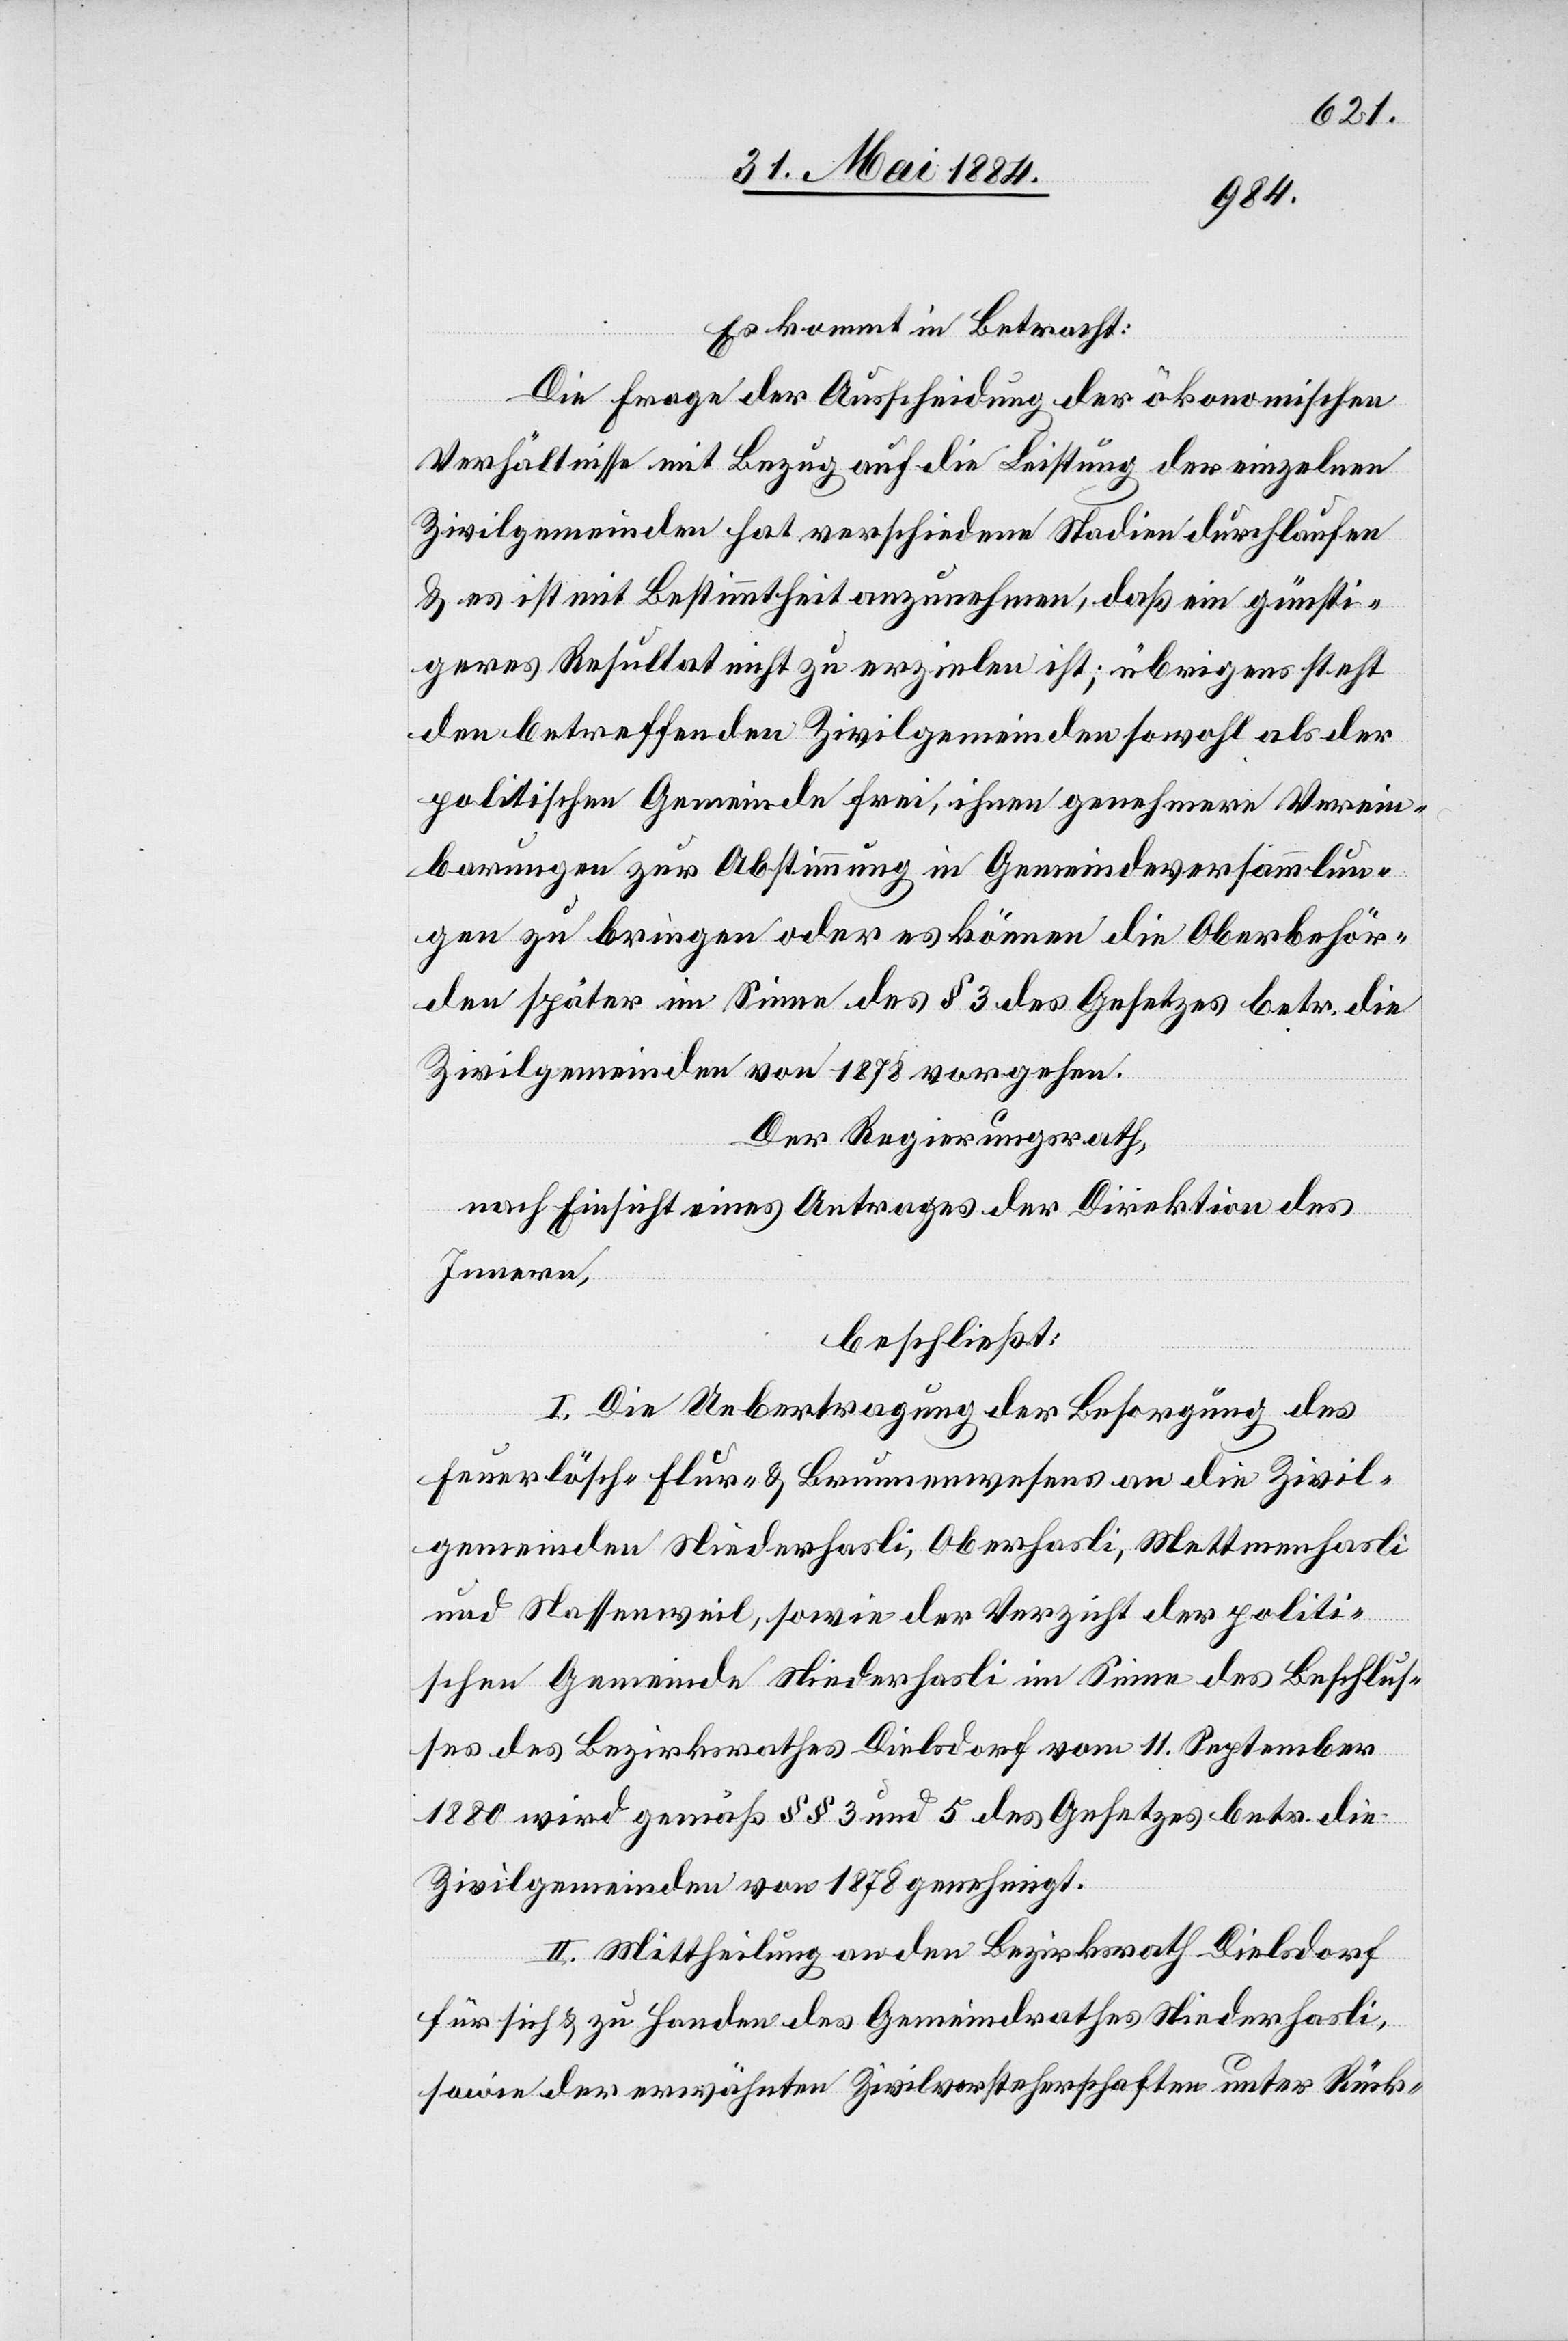
Es kommt in Betracht:
Die Frage der Ausscheidung der ökonomischen
Verhältnisse mit Bezug auf die Leistung der einzelnen
Zivilgemeinden hat verschiedene Stadien durchlaufen
& es ist mit Bestimmtheit anzunehmen, daß ein günsti¬
geres Resultat nicht zu erzielen ist; übrigens steht
den betreffenden Zivilgemeinden sowohl als der
politischen Gemeinde frei, ihnen genehmere Verein¬
barungen zur Abstimmung in Gemeindeversammlun¬
gen zu bringen oder es können die Oberbehör¬
den später im Sinne des § 3 des Gesetzes betr. die
Zivilgemeinden von 1878 vorgehen.
Der Regierungsrath,
nach Einsicht eines Antrages der Direktion des
Innern,
beschließt:
I. Die Uebertragung der Besorgung des
Feuerlösch-[,] Flur- & Brunnenwesens an die Zivil¬
gemeinden Niederhasli, Oberhasli, Mettmenhasli
und Nassenweil, sowie der Verzicht der politi¬
schen Gemeinde Niederhasli im Sinne des Beschlus¬
ses des Bezirksrathes Dielsdorf vom 11. September
1880 wird gemäß §§ 3 und 5 des Gesetzes betr. die
Zivilgemeinde von 1878 genehmigt.
II. Mittheilung an den Bezirksrath Dielsdorf
für sich & zu Handen des Gemeindrathes Niederhasli,
sowie der erwähnten Zivilvorsteherschaften unter Rück-